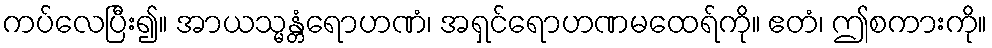
ကပ်လေပြီး၍။ အာယသ္မန္တံရောဟဏံ၊ အရှင်ရောဟဏမထေရ်ကို။ ဧတံ၊ ဤစကားကို။